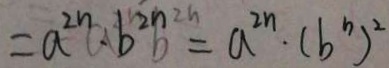
= a ^ { 2 n } \cdot b ^ { 2 n } b = a ^ { 2 n } \cdot ( b ^ { n } ) ^ { 2 }